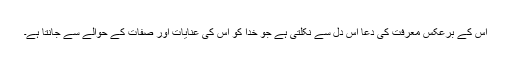
اس کے برعکس معرفت کی دعا اس دل سے نکلتی ہے جو خدا کو اس کی عنایات اور صفات کے حوالے سے جانتا ہے۔